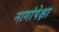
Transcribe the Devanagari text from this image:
नागांपेक्षा